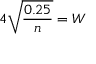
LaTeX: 4 { \sqrt { \frac { 0 . 2 5 } { n } } } = W